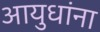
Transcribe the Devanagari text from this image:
आयुधांना